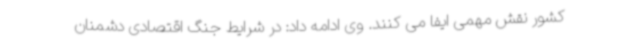
کشور نقش مهمی ایفا می کنند. وی ادامه داد: در شرایط جنگ اقتصادی دشمنان